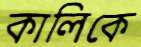
কালিকে